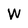
Character: W